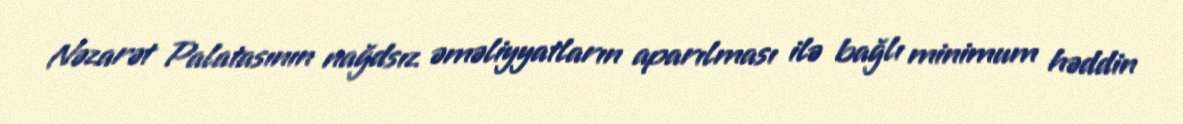
Nəzarət Palatasının nağdsız əməliyyatların aparılması ilə bağlı minimum həddin